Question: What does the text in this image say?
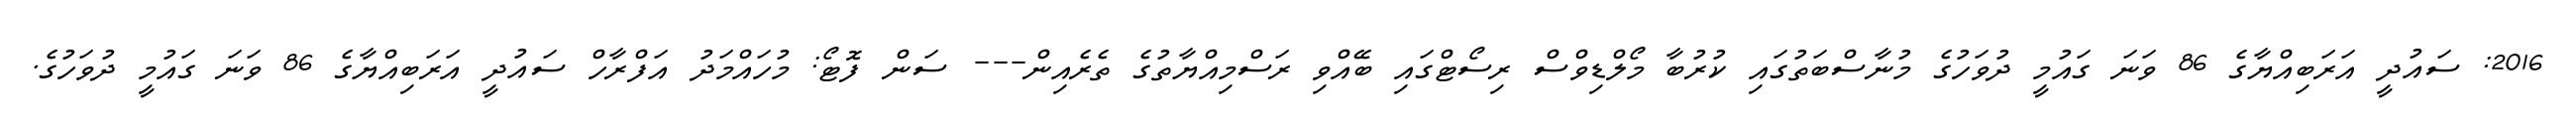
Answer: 2016: ސައުދީ އަރަބިއްޔާގެ 86 ވަނަ ގައުމީ ދުވަހުގެ މުނާސްބަތުގައި ކުރުބާ މޯލްޑިވްސް ރިސޯޓްގައި ބޭއްވި ރަސްމިއްޔާތުގެ ތެރެއިން--- ސަން ފޮޓޯ: މުހައްމަދު އަފްރާހް ސައުދީ އަރަބިއްޔާގެ 86 ވަނަ ގައުމީ ދުވަހުގެ.